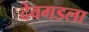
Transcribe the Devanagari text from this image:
देवगडला